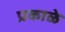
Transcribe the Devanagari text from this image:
प्रकाळे